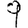
Digit: 9